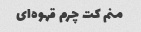
منم کت چرم قهوه‌ای